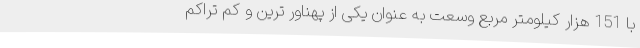
با 151 هزار کیلومتر مربع وسعت به عنوان یکی از پهناور ترین و کم تراکم